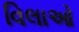
વિલાઓ